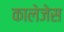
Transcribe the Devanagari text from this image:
कालेजेस